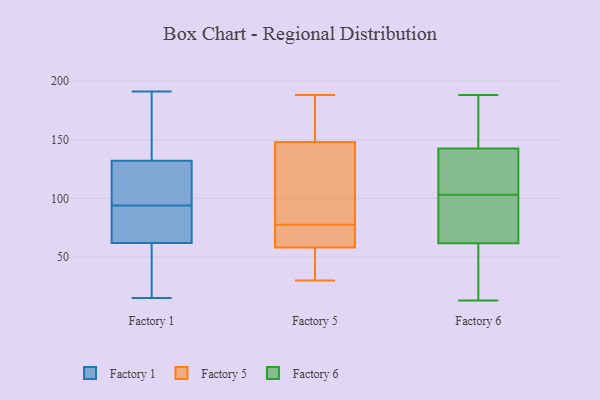
{"axis": {"x": "Churn Rate (%)", "y": "Value"}, "legend": ["Factory 1", "Factory 5", "Factory 6"], "data": [{"x": "", "y": 188, "type": "Factory 1"}, {"x": "", "y": 92, "type": "Factory 1"}, {"x": "", "y": 15, "type": "Factory 1"}, {"x": "", "y": 62, "type": "Factory 1"}, {"x": "", "y": 18, "type": "Factory 1"}, {"x": "", "y": 71, "type": "Factory 1"}, {"x": "", "y": 22, "type": "Factory 1"}, {"x": "", "y": 96, "type": "Factory 1"}, {"x": "", "y": 79, "type": "Factory 1"}, {"x": "", "y": 111, "type": "Factory 1"}, {"x": "", "y": 132, "type": "Factory 1"}, {"x": "", "y": 157, "type": "Factory 1"}, {"x": "", "y": 57, "type": "Factory 1"}, {"x": "", "y": 85, "type": "Factory 1"}, {"x": "", "y": 191, "type": "Factory 1"}, {"x": "", "y": 139, "type": "Factory 1"}, {"x": "", "y": 100, "type": "Factory 1"}, {"x": "", "y": 97, "type": "Factory 1"}, {"x": "", "y": 30, "type": "Factory 5"}, {"x": "", "y": 71, "type": "Factory 5"}, {"x": "", "y": 69, "type": "Factory 5"}, {"x": "", "y": 97, "type": "Factory 5"}, {"x": "", "y": 148, "type": "Factory 5"}, {"x": "", "y": 188, "type": "Factory 5"}, {"x": "", "y": 84, "type": "Factory 5"}, {"x": "", "y": 42, "type": "Factory 5"}, {"x": "", "y": 158, "type": "Factory 5"}, {"x": "", "y": 58, "type": "Factory 5"}, {"x": "", "y": 71, "type": "Factory 6"}, {"x": "", "y": 188, "type": "Factory 6"}, {"x": "", "y": 42, "type": "Factory 6"}, {"x": "", "y": 84, "type": "Factory 6"}, {"x": "", "y": 137, "type": "Factory 6"}, {"x": "", "y": 52, "type": "Factory 6"}, {"x": "", "y": 147, "type": "Factory 6"}, {"x": "", "y": 141, "type": "Factory 6"}, {"x": "", "y": 103, "type": "Factory 6"}, {"x": "", "y": 13, "type": "Factory 6"}, {"x": "", "y": 177, "type": "Factory 6"}, {"x": "", "y": 139, "type": "Factory 6"}, {"x": "", "y": 65, "type": "Factory 6"}]}